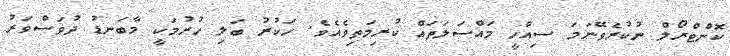
ކޮންޓްރޯލް ނުކުރެވޭނަމަ ސިއްހީ މައްސަލަަތައް ކުރިމަތިވެއެވެ. ހަކުރު ބަލި ހުރުމަކީ މާބަނޑު ދުވަސްވަރު